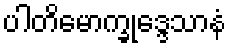
ပါတိမောက္ခုဒ္ဒေသာနံ